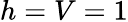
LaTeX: h=V=1